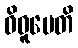
ဝိဓူပေတိ